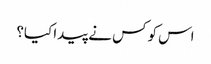
اس کو کس نے پیدا کیا؟